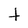
Character: t